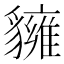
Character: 𧴗